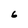
Character: 6